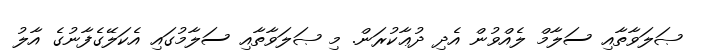
ޞަލަވާތާއި ސަލާމް ލެއްވުން އެދި ދުޢާކުރަން. މި ޞަލަވާތާއި ސަލާމުގައި އެކަލޭގެފާނުގެ އާލު